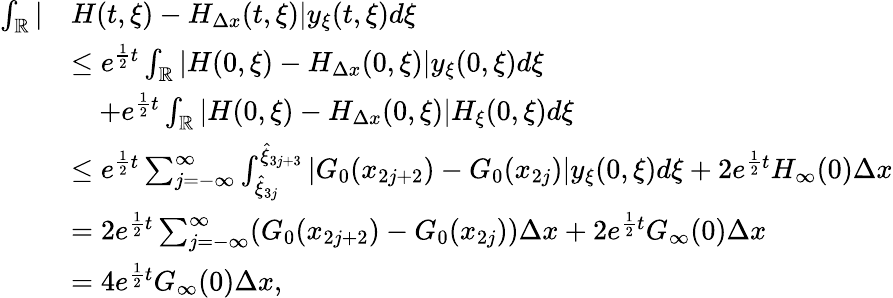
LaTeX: \begin{array}{rl}{\int_{\mathbb{R}}|}&{H(t,\xi)-H_{\Delta x}(t,\xi)|y_{\xi}(t,\xi)d\xi}\\ &{\leq e^{\frac 12t}\int_{\mathbb{R}}|H(0,\xi)-H_{\Delta x}(0,\xi)|y_{\xi}(0,\xi)d\xi}\\ &{\quad+e^{\frac 12t}\int_{\mathbb{R}}|H(0,\xi)-H_{\Delta x}(0,\xi)|H_{\xi}(0,\xi)d\xi}\\ &{\leq e^{\frac 12t}\sum_{j=-\infty}^{\infty}\int_{\hat{\xi}_{3j}}^{\hat{\xi}_{3j+3}}\vert G_{0}(x_{2j+2})-G_{0}(x_{2j})\vert y_{\xi}(0,\xi)d\xi+2e^{\frac 12t}H_{\infty}(0)\Delta x}\\ &{=2e^{\frac 12t}\sum_{j=-\infty}^{\infty}(G_{0}(x_{2j+2})-G_{0}(x_{2j}))\Delta x+2e^{\frac 12t}G_{\infty}(0)\Delta x}\\ &{=4e^{\frac 12t}G_{\infty}(0)\Delta x,}\end{array}